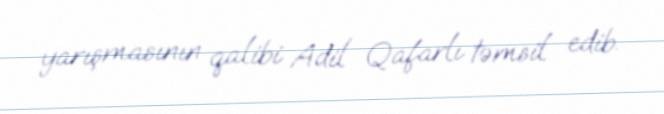
yarışmasının qalibi Adil Qafarlı təmsil edib.